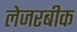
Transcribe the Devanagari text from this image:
लेजरबीक